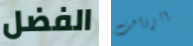
الفضل الزواحف